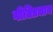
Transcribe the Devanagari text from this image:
गीतिप्रधान